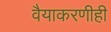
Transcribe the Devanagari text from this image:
वैयाकरणीही